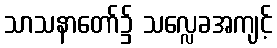
သာသနာတော်၌ သလ္လေခအကျင့်